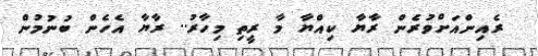
ރެއިންއަށްވުރެން ރާޔާ ކިއްޔާ މާ ރީތި މިހާރު.. ރާޔާ އެހެން ބުނުމުން